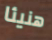
هنيئا